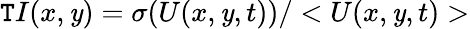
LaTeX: \mathtt{T}I(x,\mathit{y})=\sigma(U(x,\mathit{y},t))/<U(x,\mathit{y},t)>